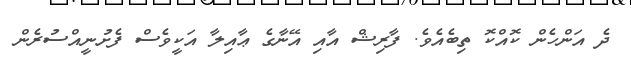
ދެ އަންހެން ކޮއްކޮ ތިބެއެވެ. ފާރިޝް އާއި އޭނާގެ ޢާއިލާ އަކީވެސް ފެށުނީއްސުރެން